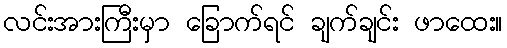
လင်းအားကြီးမှာ ခြောက်ရင် ချက်ချင်း ဖာထေး။